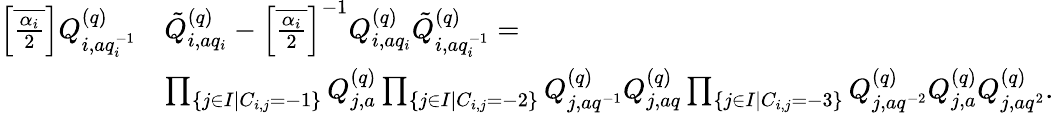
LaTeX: \begin{array}{rl}{{\textstyle\left[\overline{{\frac{\alpha_{i}}{2}}}\right]}Q_{i,aq_{i}^{-1}}^{(q)}}&{\tilde{Q}_{i,aq_{i}}^{(q)}-{\textstyle\left[\overline{{\frac{\alpha_{i}}{2}}}\right]^{-1}}Q_{i,aq_{i}}^{(q)}\tilde{Q}_{i,aq_{i}^{-1}}^{(q)}=}\\ &{\prod_{\{ j\in I|C_{i,j}=-1\} }Q_{j,a}^{(q)}\prod_{\{ j\in I|C_{i,j}=-2\} }Q_{j,aq^{-1}}^{(q)}Q_{j,aq}^{(q)}\prod_{\{ j\in I|C_{i,j}=-3\} }Q_{j,aq^{-2}}^{(q)}Q_{j,a}^{(q)}Q_{j,aq^{2}}^{(q)}.}\end{array}